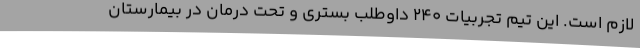
لازم است. این تیم تجربیات ۲۴۰ داوطلب بستری و تحت درمان در بیمارستان